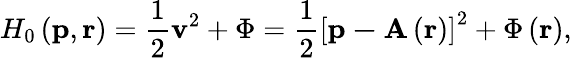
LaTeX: H_{0}\left(\mathbf{p},\mathbf{r}\right)=\frac{1}{2}\mathbf{v}^{2}+\Phi=\frac{1}{2}\left[\mathbf{p-A}\left(\mathbf{r}\right)\right]^{2}+\Phi\left(\mathbf{r}\right),